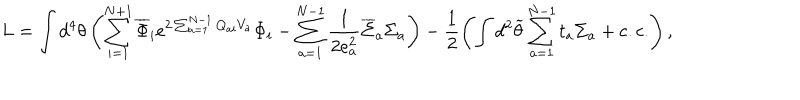
L = \int d ^ { 4 } \theta \left( \sum _ { i = 1 } ^ { N + 1 } \overline { { { \Phi } } } _ { i } e ^ { 2 \sum _ { a = 1 } ^ { N - 1 } Q _ { a i } V _ { a } } \Phi _ { i } - \sum _ { a = 1 } ^ { N - 1 } \frac { 1 } { 2 e _ { a } ^ { 2 } } \overline { { { \Sigma } } } _ { a } \Sigma _ { a } \right) - \frac { 1 } { 2 } \left( \int d ^ { 2 } \widetilde { \theta } \sum _ { a = 1 } ^ { N - 1 } t _ { a } \Sigma _ { a } + \mathrm { c . c . } \right) ,